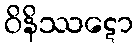
ဝိနိဿဋော